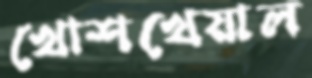
খোশখেয়াল